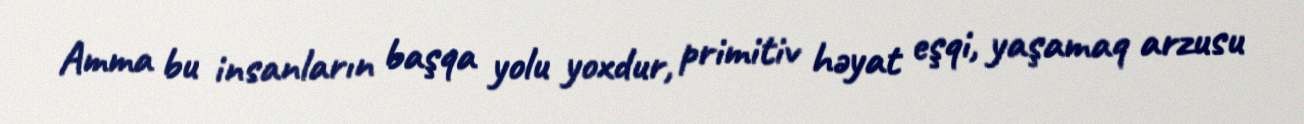
Amma bu insanların başqa yolu yoxdur, primitiv həyat eşqi, yaşamaq arzusu